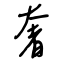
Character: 奢